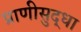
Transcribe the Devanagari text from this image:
प्राणीसुद्धा